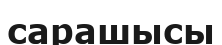
сарашысы